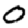
Digit: 0